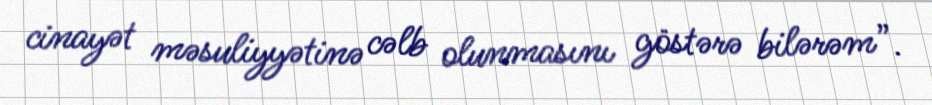
cinayət məsuliyyətinə cəlb olunmasını göstərə bilərəm”.